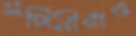
সঙ্গিনীরাও